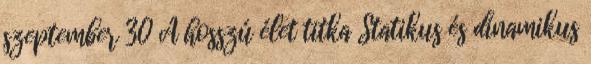
szeptember 30 A hosszú élet titka Statikus és dinamikus